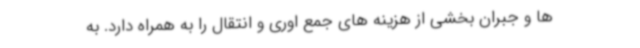
ها و جبران بخشی از هزینه های جمع اوری و انتقال را به همراه دارد. به